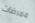
ممرضات